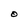
Character: O